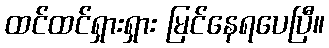
ထင်ထင်ရှားရှား မြင်နေရပေပြီ။